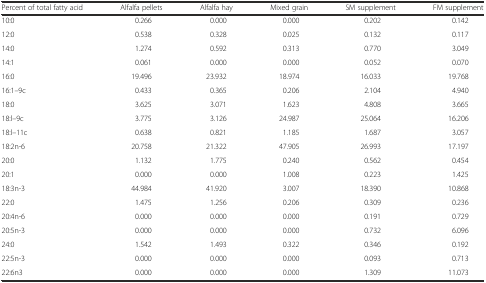
| Percent of total fatty acid | Alfalfa pellets | Alfalfa hay | Mixed grain | SM supplement | FM supplement |
 | --- | --- | --- | --- | --- | --- |
 | 10:0 | 0.266 | 0.000 | 0.000 | 0.202 | 0.142 |
 | 12:0 | 0.538 | 0.328 | 0.025 | 0.132 | 0.117 |
 | 14:0 | 1.274 | 0.592 | 0.313 | 0.770 | 3.049 |
 | 14:1 | 0.061 | 0.000 | 0.000 | 0.052 | 0.070 |
 | 16:0 | 19.496 | 23.932 | 18.974 | 16.033 | 19.768 |
 | 16:1–9c | 0.433 | 0.365 | 0.206 | 2.104 | 4.940 |
 | 18:0 | 3.625 | 3.071 | 1.623 | 4.808 | 3.665 |
 | 18:l–9c | 3.775 | 3.126 | 24.987 | 25.064 | 16.206 |
 | 18:l–11c | 0.638 | 0.821 | 1.185 | 1.687 | 3.057 |
 | 18:2n-6 | 20.758 | 21.322 | 47.905 | 26.993 | 17.197 |
 | 20:0 | 1.132 | 1.775 | 0.240 | 0.562 | 0.454 |
 | 20:1 | 0.000 | 0.000 | 1.008 | 0.223 | 1.425 |
 | 18:3n-3 | 44.984 | 41.920 | 3.007 | 18.390 | 10.868 |
 | 22:0 | 1.475 | 1.256 | 0.206 | 0.309 | 0.236 |
 | 20:4n-6 | 0.000 | 0.000 | 0.000 | 0.191 | 0.729 |
 | 20:5n-3 | 0.000 | 0.000 | 0.000 | 0.732 | 6.096 |
 | 24:0 | 1.542 | 1.493 | 0.322 | 0.346 | 0.192 |
 | 22:5n-3 | 0.000 | 0.000 | 0.000 | 0.093 | 0.713 |
 | 22:6n3 | 0.000 | 0.000 | 0.000 | 1.309 | 11.073 |